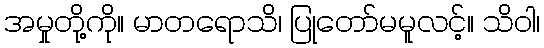
အမှုတို့ကို။ မာတရောသိ၊ ပြုတော်မမူလင့်။ သိဝါ၊